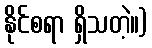
နိုင်စရာ ရှိသတဲ့။)